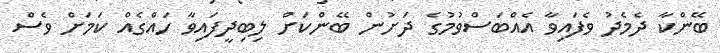
ބޭންކާ ދެމެދު ވެފައިވާ އެއްބަސްވުމުގެ ދަށުން ބޭންކަށް ލިބިދީފައިވާ ހައްގެއް ކަމަށް ވެސް